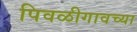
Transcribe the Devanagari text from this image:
पिवळीगावच्या